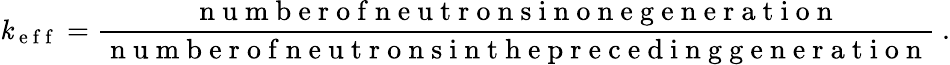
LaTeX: \mathit{k}_{\mathrm{{~e~f~f~}}}=\frac{{\mathrm{{~n~u~m~b~e~r~o~f~n~e~u~t~r~o~n~s~i~n~o~n~e~g~e~n~e~r~a~t~i~o~n~}}}}{{\mathrm{{~n~u~m~b~e~r~o~f~n~e~u~t~r~o~n~s~i~n~t~h~e~p~r~e~c~e~d~i~n~g~g~e~n~e~r~a~t~i~o~n~}}}}\ .